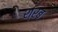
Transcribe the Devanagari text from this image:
श्रब